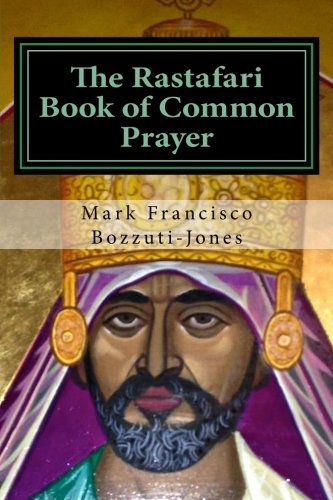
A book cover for The Rastafari Book of Common Prayer; Rev. Dr. Mark Francisco Bozzuti-Jones; Christian Books & Bibles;